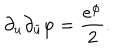
\partial _ { u } \partial _ { \bar { u } } \varphi = { \frac { e ^ { \varphi } } { 2 } } .